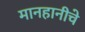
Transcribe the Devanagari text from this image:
मानहानीचे